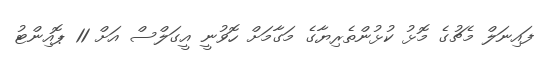
ފައިނަލް މެޗުގެ މޮޅު ކުޅުންތެރިޔާގެ މަގާމަށް ހޮވުނީ އީގަލްސް އަށް 11 ޕޮއިންޓު